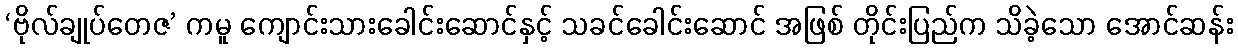
‘ဗိုလ်ချုပ်တေဇ’ ကမူ ကျောင်းသားခေါင်းဆောင်နှင့် သခင်ခေါင်းဆောင် အဖြစ် တိုင်းပြည်က သိခဲ့သော အောင်ဆန်း